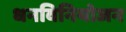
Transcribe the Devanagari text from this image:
धनविनियोजन